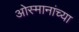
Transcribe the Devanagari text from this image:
ओस्मानांच्या